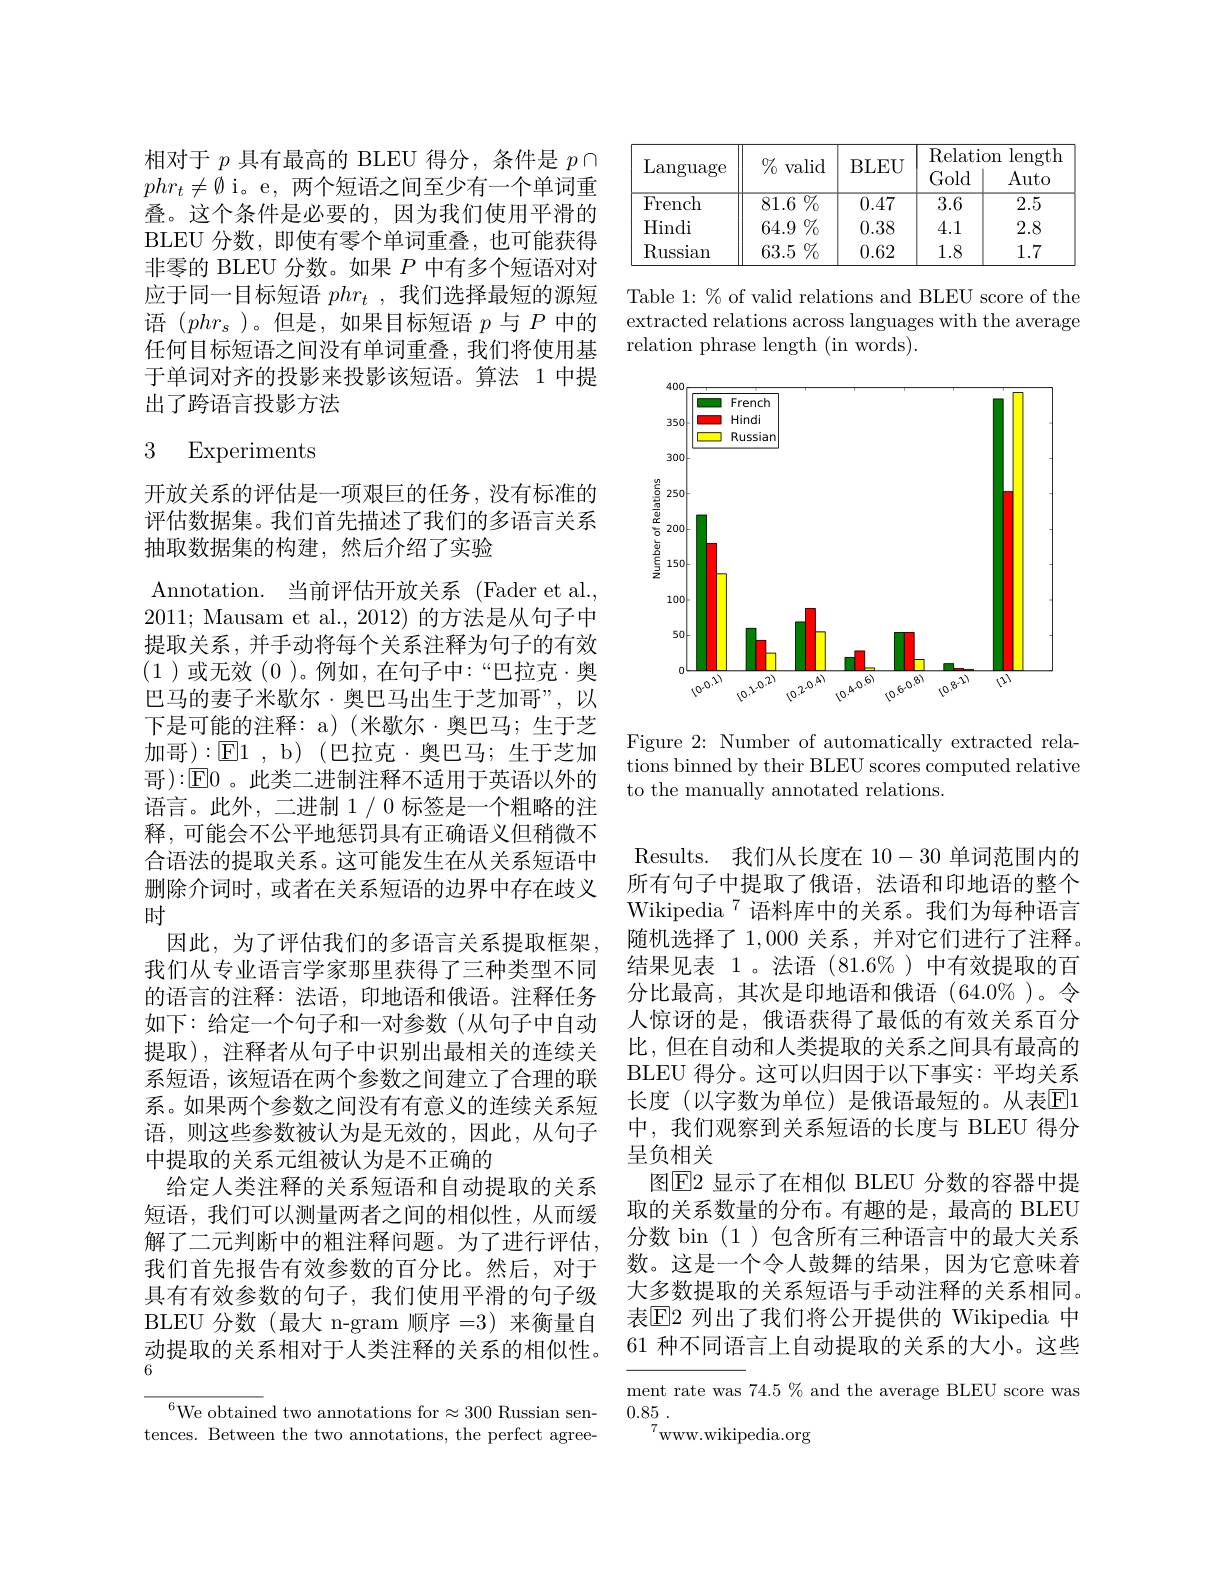
相对于$p$具有最高的 BLEU 得分，条件是$p\cap$ $phr_t\neq\emptyset$i。e,两个短语之间至少有一个单词重叠。这个条件是必要的，因为我们使用平滑的BLEU 分数，即使有零个单词重叠，也可能获得非零的 BLEU 分数。如果$P$中有多个短语对对应于同一目标短语$phr_t$ ,我们选择最短的源短语$(phr_s$ )。但是，如果目标短语$p$与$P$中的任何目标短语之间没有单词重叠，我们将使用基于单词对齐的投影来投影该短语。算法 1 中提出了跨语言投影方法

# 3 Experiments

开放关系的评估是一项艰巨的任务，没有标准的评估数据集。我们首先描述了我们的多语言关系抽取数据集的构建，然后介绍了实验
Annotation. 当前评估开放关系 (Fader et al., 2011; Mausam et al., 2012) 的方法是从句子中提取关系，并手动将每个关系注释为句子的有效(1)或无效(0)。例如，在句子中：“巴拉克·奥巴马的妻子米歇尔·奥巴马出生于芝加哥”,以下是可能的注释：a)(米歇尔·奥巴马；生于芝加哥$):\operatorname{E}1$,b$)~($巴拉克·奥巴马；生于芝加哥):$\overline{\mathbb{E}}0$。此类二进制注释不适用于英语以外的语言。此外，二进制1/0标签是一个粗略的注释，可能会不公平地惩罚具有正确语义但稍微不合语法的提取关系。这可能发生在从关系短语中删除介词时，或者在关系短语的边界中存在歧义时
因此，为了评估我们的多语言关系提取框架， 我们从专业语言学家那里获得了三种类型不同的语言的注释：法语，印地语和俄语。注释任务如下：给定一个句子和一对参数(从句子中自动提取), 注释者从句子中识别出最相关的连续关系短语，该短语在两个参数之间建立了合理的联系。如果两个参数之间没有有意义的连续关系短语，则这些参数被认为是无效的，因此，从句子中提取的关系元组被认为是不正确的
给定人类注释的关系短语和自动提取的关系短语，我们可以测量两者之间的相似性，从而缓解了二元判断中的粗注释问题。为了进行评估， 我们首先报告有效参数的百分比。然后，对于具有有效参数的句子，我们使用平滑的句子级BLEU 分数(最大 n-gram 顺序=3) 来衡量自动提取的关系相对于人类注释的关系的相似性。6

$^{6}$We obtained two annotations for$\approx300$ Russian sentences. Between the two annotations, the perfect agree-

<table>
	<tbody>
		<tr>
			<td rowspan="1">$\operatorname{Language}$</td>
			<td rowspan="1">$\%$ valid</td>
			<td rowspan="1">BLEU</td>
			<td>Relatic</td>
			<td>$\operatorname{length}$ m</td>
		</tr>
		<tr>
			<td>French</td>
			<td>${81.6\%}$</td>
			<td>0.47</td>
			<td>3.6</td>
			<td>2.5</td>
		</tr>
		<tr>
			<td>Hindi</td>
			<td>$64.9\%$</td>
			<td>0.38</td>
			<td>4.1</td>
			<td>2.8</td>
		</tr>
		<tr>
			<td>$\operatorname{Russian}$</td>
			<td>$63.5\%$</td>
			<td>0.62</td>
			<td>1.8</td>
			<td>1.7</td>
		</tr>
	</tbody>
</table>

Table 1: $\%$ of valid relations and BLEU score of the extracted relations across languages with the average relation phrase length (in words).

<FigureHere>

Figure 2: Number of automatically extracted relations binned by their BLEU scores computed relative to the manually annotated relations.

Results. 我们从长度在10-30单词范围内的所有句子中提取了俄语，法语和印地语的整个Wikipedia$^{7}$语料库中的关系。我们为每种语言随机选择了1，000关系，并对它们进行了注释。结果见表 1。法语(81.6%)中有效提取的百分比最高，其次是印地语和俄语(64.0$\%)。令$ 人惊讶的是，俄语获得了最低的有效关系百分比，但在自动和人类提取的关系之间具有最高的BLEU 得分。这可以归因于以下事实：平均关系长度(以字数为单位)是俄语最短的。从表E1中，我们观察到关系短语的长度与 BLEU 得分呈负相关
图$\boxed{\mathrm{E}}2$ 显示了在相似 BLEU 分数的容器中提取的关系数量的分布。有趣的是，最高的 BLEU 分数 bin (1)包含所有三种语言中的最大关系数。这是一个令人鼓舞的结果，因为它意味着大多数提取的关系短语与手动注释的关系相同。表$\mathbb{E}$2 列出了我们将公开提供的 Wikipedia 中61 种不同语言上自动提取的关系的大小。这些

ment rate was 74.5 % and the average BLEU score was
0.85 .
$^{7}$www.wikipedia.org